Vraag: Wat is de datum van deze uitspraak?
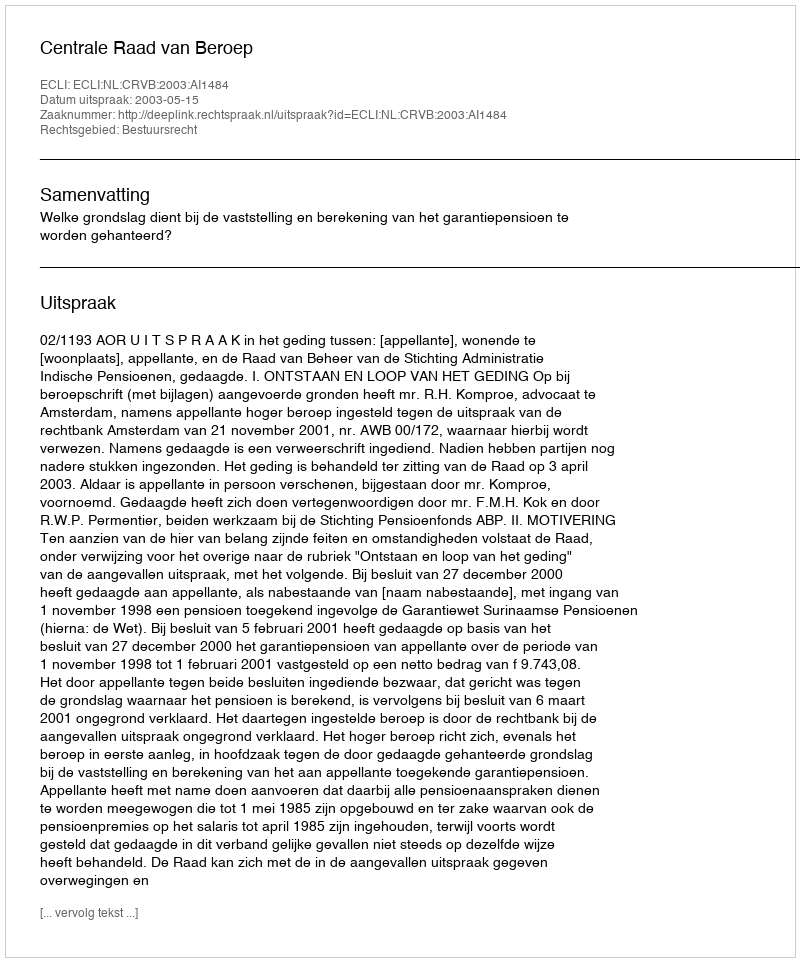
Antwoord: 2003-05-15